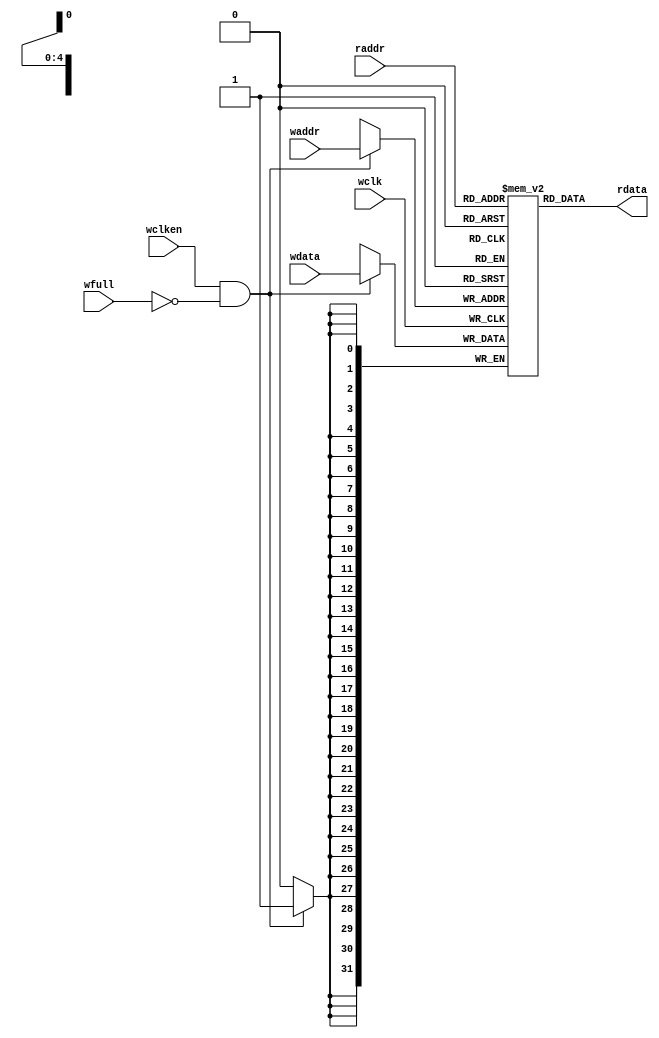
module fifomem (
    output [DSIZE-1:0] rdata,
    input [DSIZE-1:0] wdata,
    input [ADDRSIZE-1:0] waddr, raddr,
    input wclken, wfull, wclk
);

    parameter DSIZE = 32;
    parameter ADDRSIZE = 5;

    // RTL Verilog memory model
    localparam DEPTH = 1<<ADDRSIZE;
    reg [DSIZE-1:0] mem [0:DEPTH-1];

    assign rdata = mem[raddr];

    always @(posedge wclk)
        if (wclken && !wfull) mem[waddr] <= wdata;
endmodule